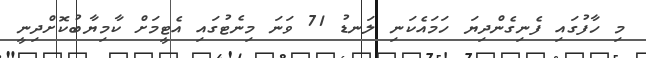
މި ހާފުގައި ފެނިގެންދިޔަ ހަމައެކަނި ލަނޑު 71 ވަނަ މިނެޓުގައި އެޓީމަށް ކާމިޔާބުކޮށްދިނީ